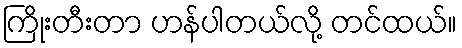
ကြိုးတီးတာ ဟန်ပါတယ်လို့ တင်ထယ်။